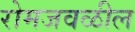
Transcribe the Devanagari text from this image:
रोमजवळील